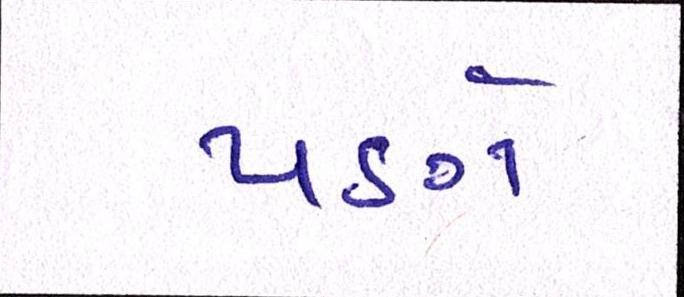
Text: પણે